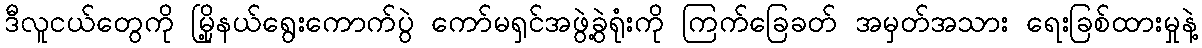
ဒီလူငယ်တွေကို မြို့နယ်ရွေးကောက်ပွဲ ကော်မရှင်အဖွဲ့ခွဲရုံးကို ကြက်ခြေခတ် အမှတ်အသား ရေးခြစ်ထားမှုနဲ့